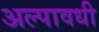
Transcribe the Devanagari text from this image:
अल्पावधी